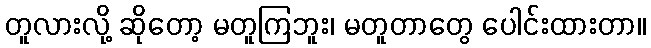
တူလားလို့ ဆိုတော့ မတူကြဘူး၊ မတူတာတွေ ပေါင်းထားတာ။